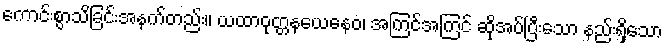
ကောင်းစွာသိခြင်းအနက်တည်း။ ယထာဝုတ္တနယေနေဝ၊ အကြင်အကြင် ဆိုအပ်ပြီးသော နည်းရှိသော